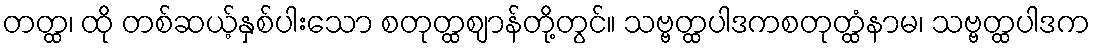
တတ္ထ၊ ထို တစ်ဆယ့်နှစ်ပါးသော စတုတ္ထဈာန်တို့တွင်။ သဗ္ဗတ္ထပါဒကစတုတ္ထံနာမ၊ သဗ္ဗတ္ထပါဒက